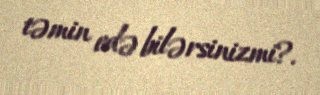
təmin edə bilərsinizmi?.